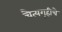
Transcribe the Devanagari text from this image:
चैत्यगृहीचे